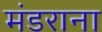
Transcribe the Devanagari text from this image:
मंडराना